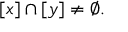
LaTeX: [ x ] \cap [ y ] \neq \emptyset .